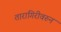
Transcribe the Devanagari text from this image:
तारागिरीवरुन